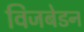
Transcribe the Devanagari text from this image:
विजबेडन